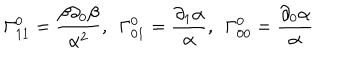
LaTeX: \Gamma _ { 1 1 } ^ { 0 } = \frac { \beta \partial _ { 0 } \beta } { \alpha ^ { 2 } } , \ \ \Gamma _ { 0 1 } ^ { 0 } = \frac { \partial _ { 1 } \alpha } { \alpha } , \ \ \Gamma _ { 0 0 } ^ { 0 } = \frac { \partial _ { 0 } \alpha } { \alpha }